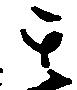
其